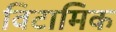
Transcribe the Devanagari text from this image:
विटामिक